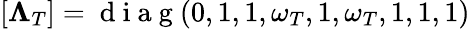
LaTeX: [\mathbf{\Lambda}_{T}]=\mathrm{~d~i~a~g~}(0,1,1,\omega_{T},1,\omega_{T},1,1,1)